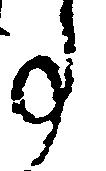
事